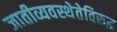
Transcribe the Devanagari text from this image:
जातीव्यवस्थेतेविरूद्ध